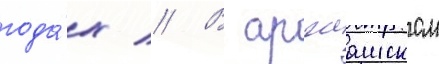
года́х // В аргаашском